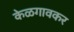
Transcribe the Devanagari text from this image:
केळगावकर